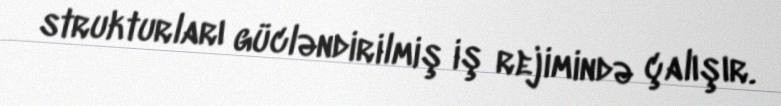
strukturları gücləndirilmiş iş rejimində çalışır.